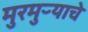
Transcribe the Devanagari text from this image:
मुरमुऱ्याचे